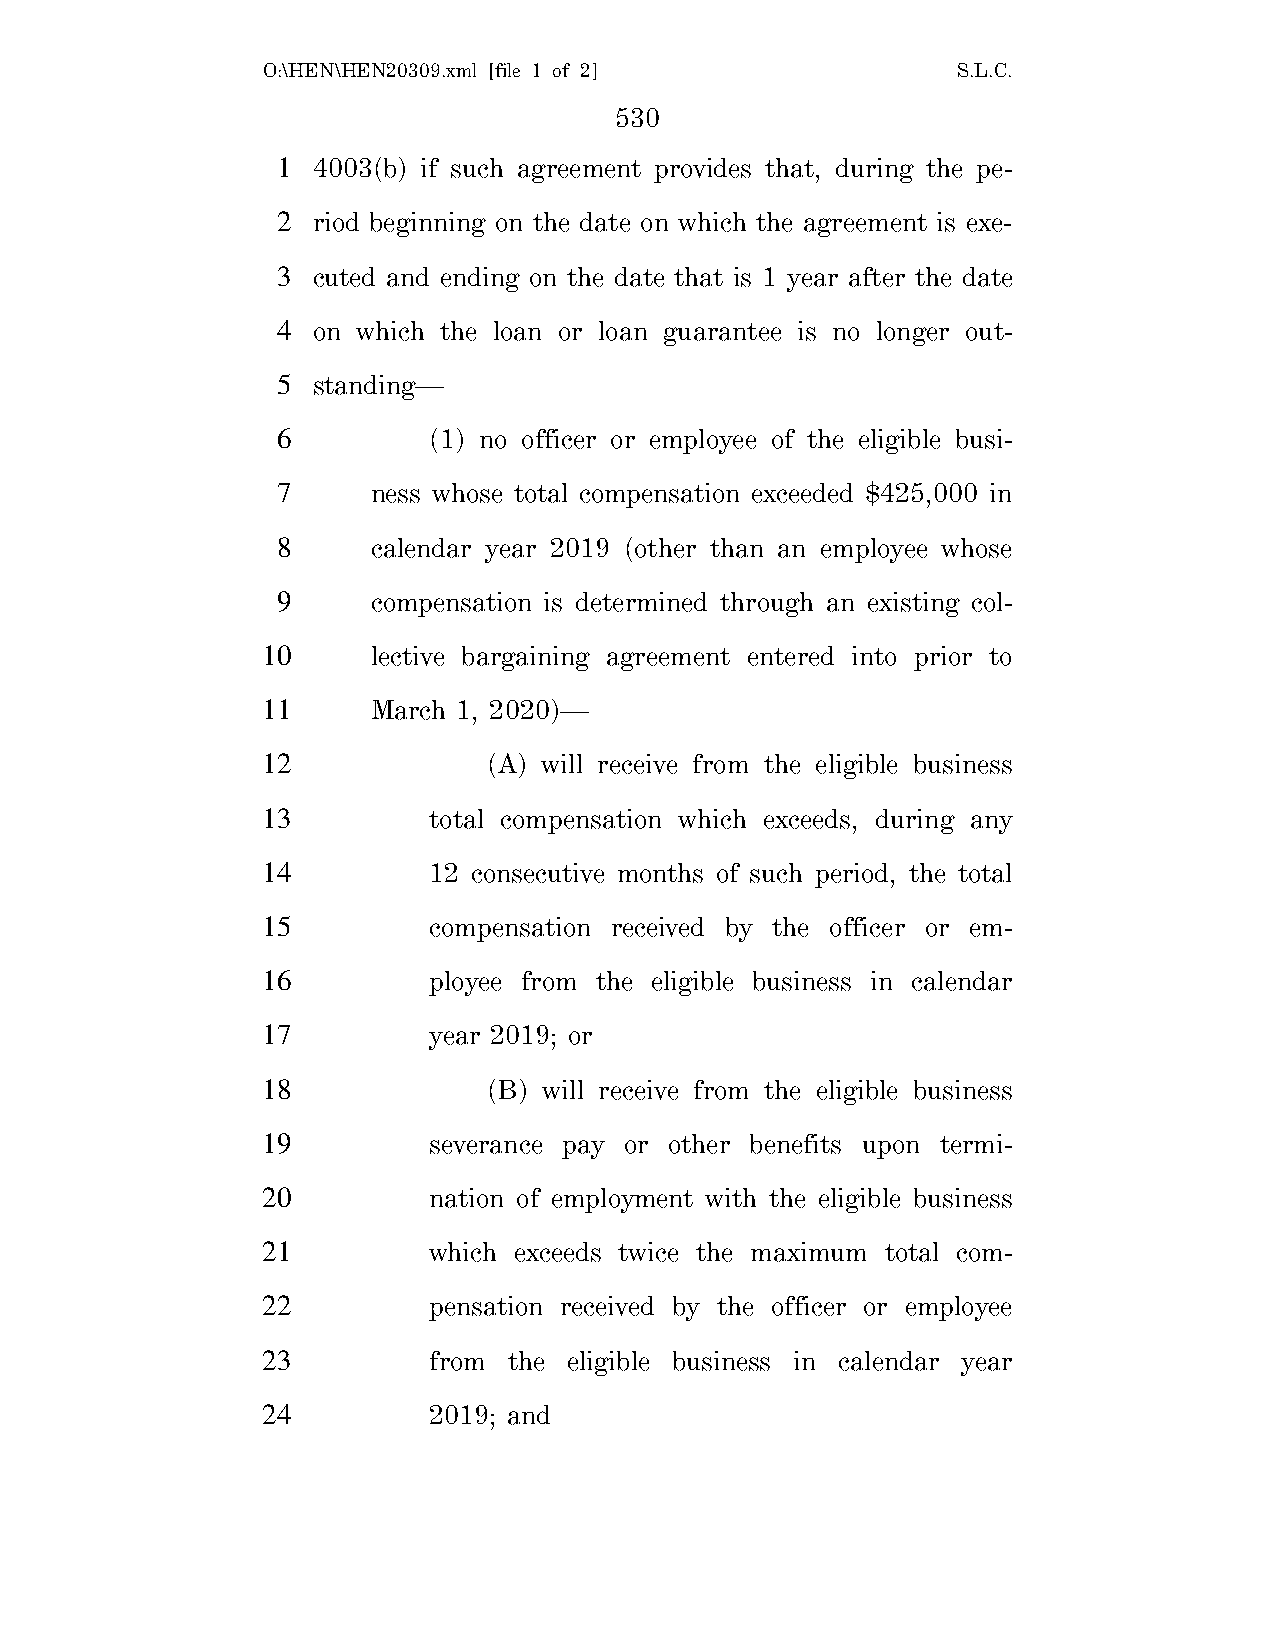
O:\HEN\HEN20309.xml [file 1 of 2]             S.L.C.
 530
 1  4003(b) if such agreement provides that, during the pe-
 2  riod beginning on the date on which the agreement is exe-
 3  cuted and ending on the date that is 1 year after the date
 4  on which the loan or loan guarantee is no longer out-
 5  standing—
 6         (1) no officer or employee of the eligible busi-
 7      ness whose total compensation exceeded $425,000 in
 8      calendar year 2019 (other than an employee whose
 9      compensation is determined through an existing col-
 10      lective bargaining agreement entered into prior to
 11      March 1, 2020)—
 12             (A) will receive from the eligible business
 13         total compensation which exceeds, during any
 14         12 consecutive months of such period, the total
 15         compensation received by the officer or em-
 16         ployee from the eligible business in calendar
 17         year 2019; or
 18             (B) will receive from the eligible business
 19         severance pay or other benefits upon termi-
 20         nation of employment with the eligible business
 21         which exceeds twice the maximum total com-
 22         pensation received by the officer or employee
 23         from  the eligible business in calendar year
 24         2019; and